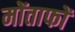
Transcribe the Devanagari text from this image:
मोंताफों